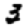
Digit: 3